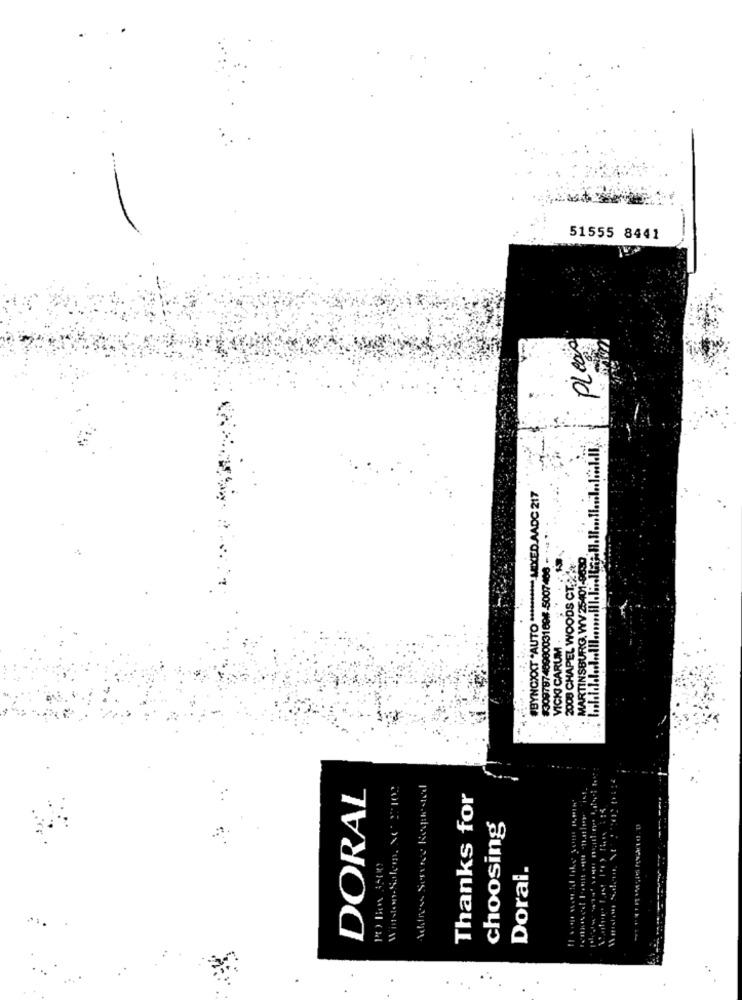
51555 8441
Please
#BYNCXXT "AUTO ********* MIXED.AADC 217
$30978748980031694-5007486 - * **
MARTINSBURG, WV 25401-6680.
2008 CHAPEL WOODS CT .***
VICKI CARUM.
DORAL
Actress Serve's Keepthestaal
Thanks for
choosing
Pt) Box 3500
Doral.